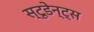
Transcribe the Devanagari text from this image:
स्टूडेन्ट्स